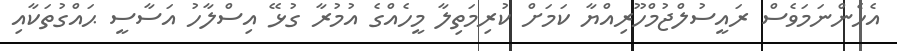
އެހެންނަމަވެސް ރައީސުލްޖުމްހޫރިއްޔާ ކަމަށް ކުރިމަތިލާ މީހެއްގެ އުމުރާ ގުޅޭ އިސްލާހު އަސާސީ ޙައްގުތަކާއި